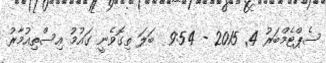
ސެޕްޓެމްބަރު 4